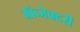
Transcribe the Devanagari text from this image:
ऑब्जेक्टरी